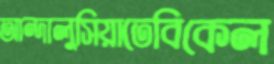
আন্দালুসিয়াতেবিকেল